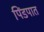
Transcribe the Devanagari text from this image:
पिंडपात